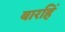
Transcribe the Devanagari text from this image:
बारहिं